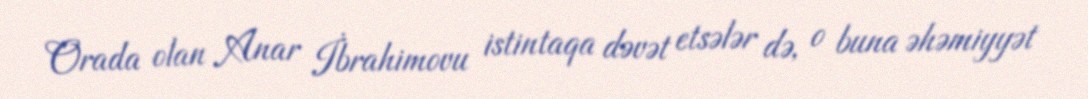
Orada olan Anar İbrahimovu istintaqa dəvət etsələr də, o buna əhəmiyyət